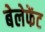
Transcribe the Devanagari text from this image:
बेलेफेंट